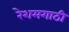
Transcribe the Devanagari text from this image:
रेशमगाठी